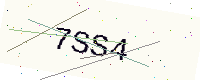
Text: 7SS4